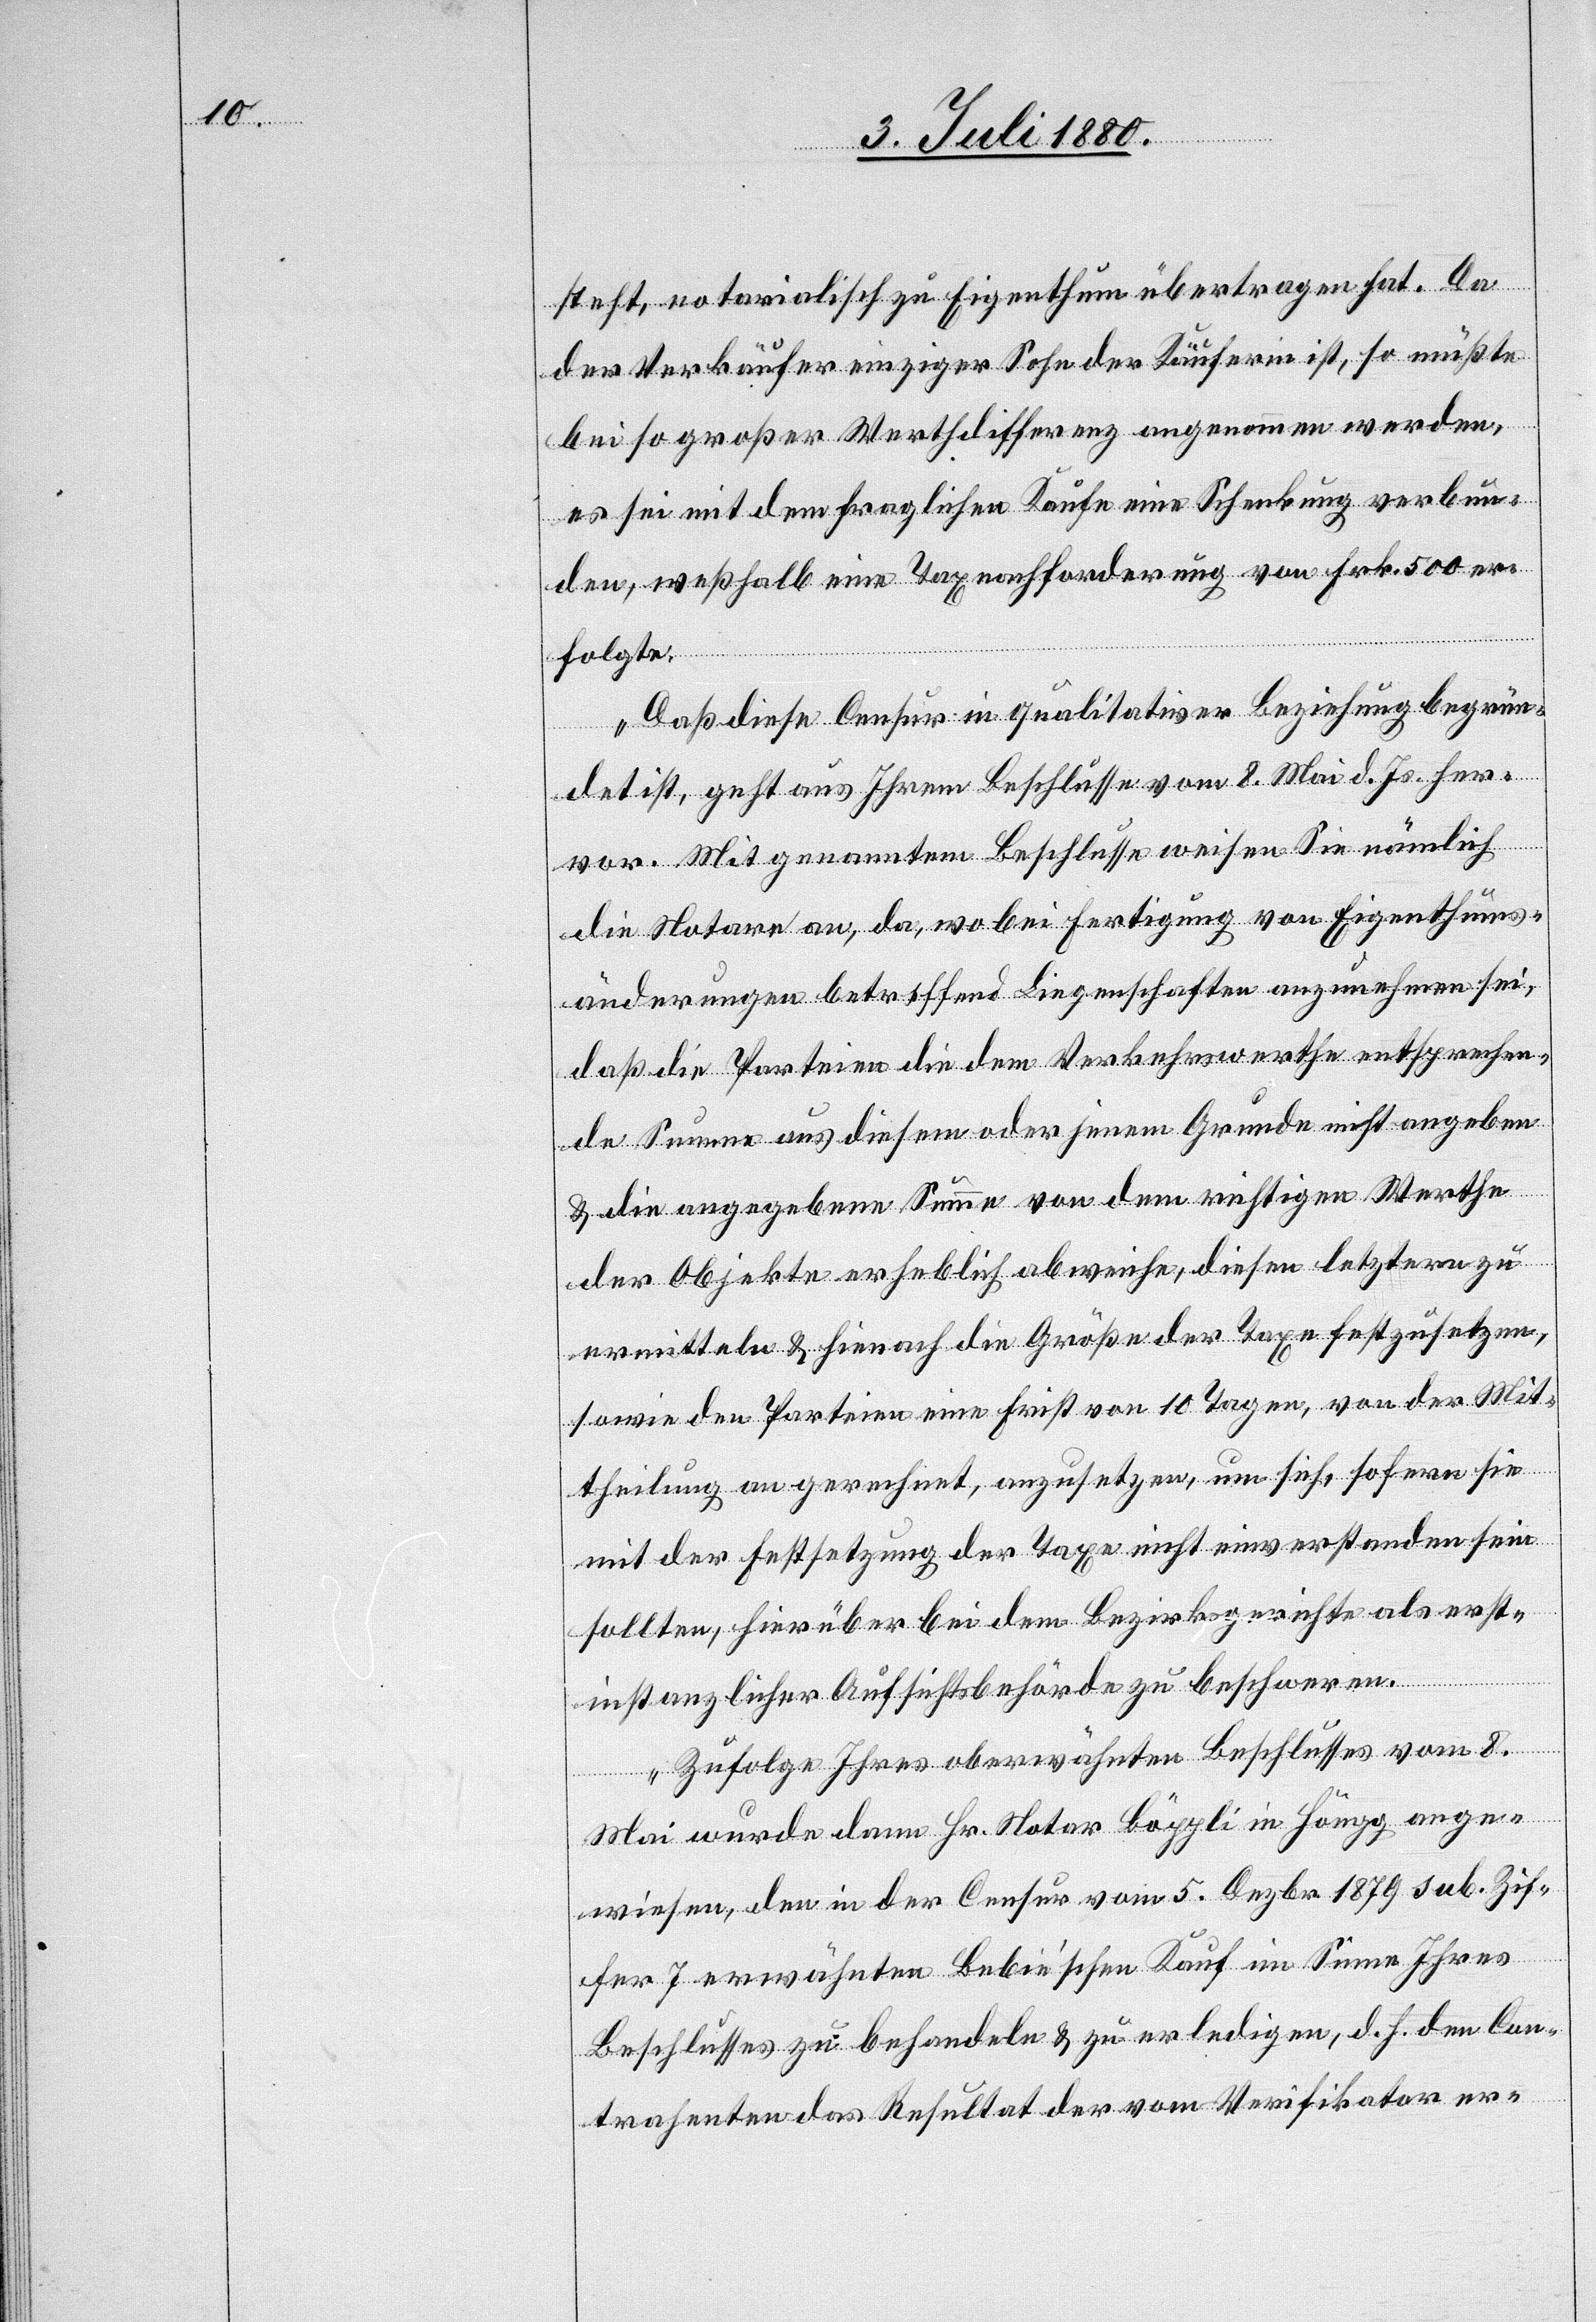
steht, notarialisch Eigenthum übertragen hat. Da
der Verkäufer einziger Sohn der Käuferin ist, so müßte
bei so großer Werthdifferenz angenommen werden,
es sei mit dem fraglichen Kaufe eine Schenkung verbun¬
den, weßhalb eine Taxnachforderung von Frk. 500 er¬
folgte.
Daß diese Censur in qualitativer Bezinsung begrün¬
det ist, geht aus Ihrem Beschlusse vom 2. Mai d. Js. her¬
vor. Mit genanntem Beschlusse weisen Sie nämlich
die Notare an, da, wo bei Fertigung von Eigenthums¬
änderungen betreffend Liegenschaften anzunehmen sei,
daß die Parteien die dem Verkehrswerthe entsprechen¬
de Summe aus diesem oder jenem Grunde nicht angeben
& die angegebene Summe von dem richtigen Werthe
der Objekte erheblich abweiche, diesen letztern zu
ermitteln & hienach die Größe der Taxe festzusetzen,
sowie den Parteien eine Frist von 10 Tagen, von der Mit¬
theilung an gerechnet, anzusetzen, um sich, sofern sie
mit der Festsetzung der Taxe nicht einverstanden sein
sollten, hierüber bei dem Bezirksgerichte als erst¬
instanzlicher Aufsichtsbehörde zu beschweren.
Zufolge Ihres oberwähnten Beschlusses vom 8.
Mai wurde dann Hr. Notar Böppli in Höngg ange¬
wiesen, den in der Censur vom 5. Dezbr. 1879 sub. Zif¬
fer 7 erwähnten Bebie‘schen Kauf im Sinne Ihres
Beschlusses zu behandeln & zu erledigen, d. h. den Con¬
trahenten das Resultat der vom Verifikator er-